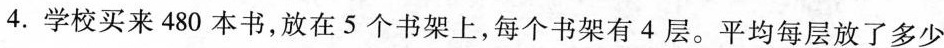
4.学校买来480本书，放在5个书架上，每个书架有4层。平均每层放了多少